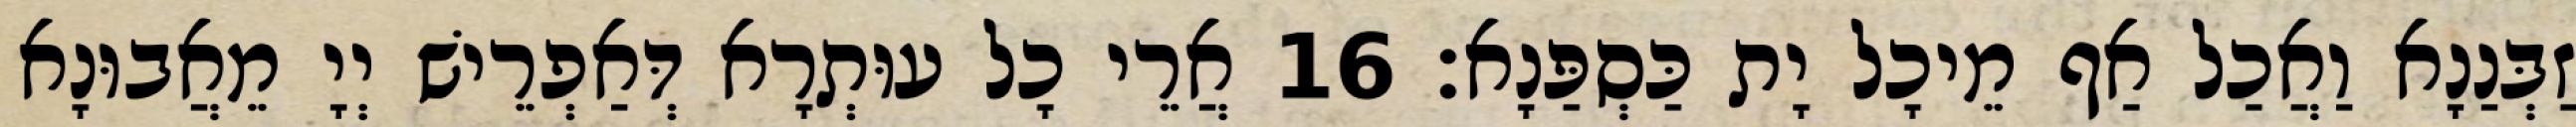
זַבְּנַנָא וַאֲכַל אַף מֵיכָל יָת כַּסְפַּנָא׃ 16 אֲרֵי כָל עוּתְרָא דְּאַפְרֵישׁ יְיָ מֵאֲבוּנָא